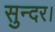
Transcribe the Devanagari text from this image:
सुन्दर।